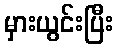
မှားယွင်းပြီး